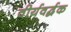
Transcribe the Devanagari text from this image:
वीर्यवर्द्घक